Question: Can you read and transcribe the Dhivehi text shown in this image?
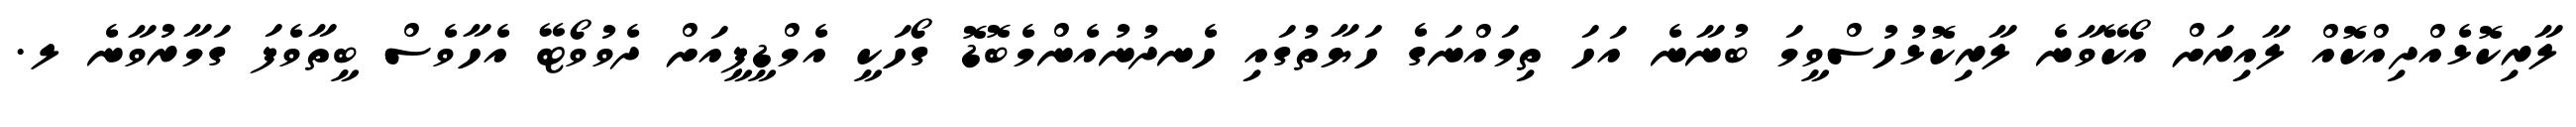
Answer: ލާރިކޮޅެއްދިއްކޮއް ލާއިރަށް އޯކޭވާނެ ލާރިކޮޅުހުސްވީމަ ބުނާނެ އަހަ ތިމައްނަގެ ހަޔާތުގައި ހެނދުނުއެންމެބޮޑޮ ގޯހަކީ އެމްޑީޕީއަށް ދެވުވޯޓޭ އެހާވެސް ބީތާވެފަ ގަމާރުވާނެ ލ.